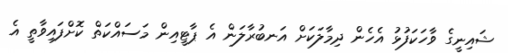
ޝައިނީގެ ވާހަކަފުޅު އެހެން ދިމާލަކަށް އަނބުރާލަން އެ ޕާޓީއިން މަސައްކަތް ކޮށްފައިވާތީ އެ